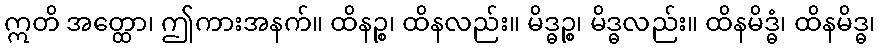
ဣတိ အတ္ထော၊ ဤကားအနက်။ ထိနဉ္စ၊ ထိနလည်း။ မိဒ္ဓဉ္စ၊ မိဒ္ဓလည်း။ ထိနမိဒ္ဓံ၊ ထိနမိဒ္ဓ၊